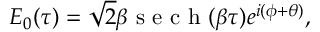
E _ { 0 } ( \tau ) = \sqrt { 2 } \beta \mathrm { ~ s ~ e ~ c ~ h ~ } ( \beta \tau ) e ^ { i ( \phi + \theta ) } ,